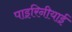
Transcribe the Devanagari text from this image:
पाइरिनीयाई